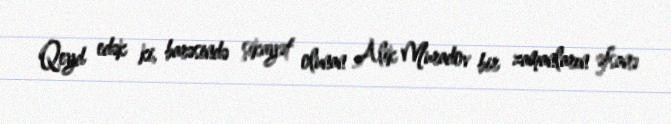
Qeyd edək ki, barəsində şikayət olunan Alik Muradov bir zamanların əfsanə